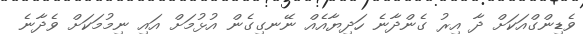
ވެޑިންގްއަކަށް ދާ އިރު ގެންދާނެ ހަދިޔާއެއް ނޭނގިގެން އުޅުމަށް އައި ނިމުމަކަށް ވެދާނެ